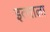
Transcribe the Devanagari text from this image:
इत्साला